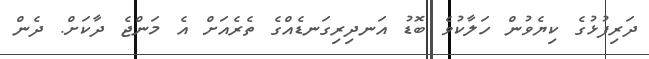
ދަރިފުޅުގެ ކިޔެވުން ހަލާކުވެ ބޮޑު އަނދިރިގަނޑެއްގެ ތެރެއަށް އެ މަންޖެ ދާކަށް. ދެން